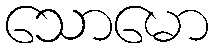
သောမော